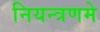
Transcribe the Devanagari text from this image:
नियन्त्रणमे